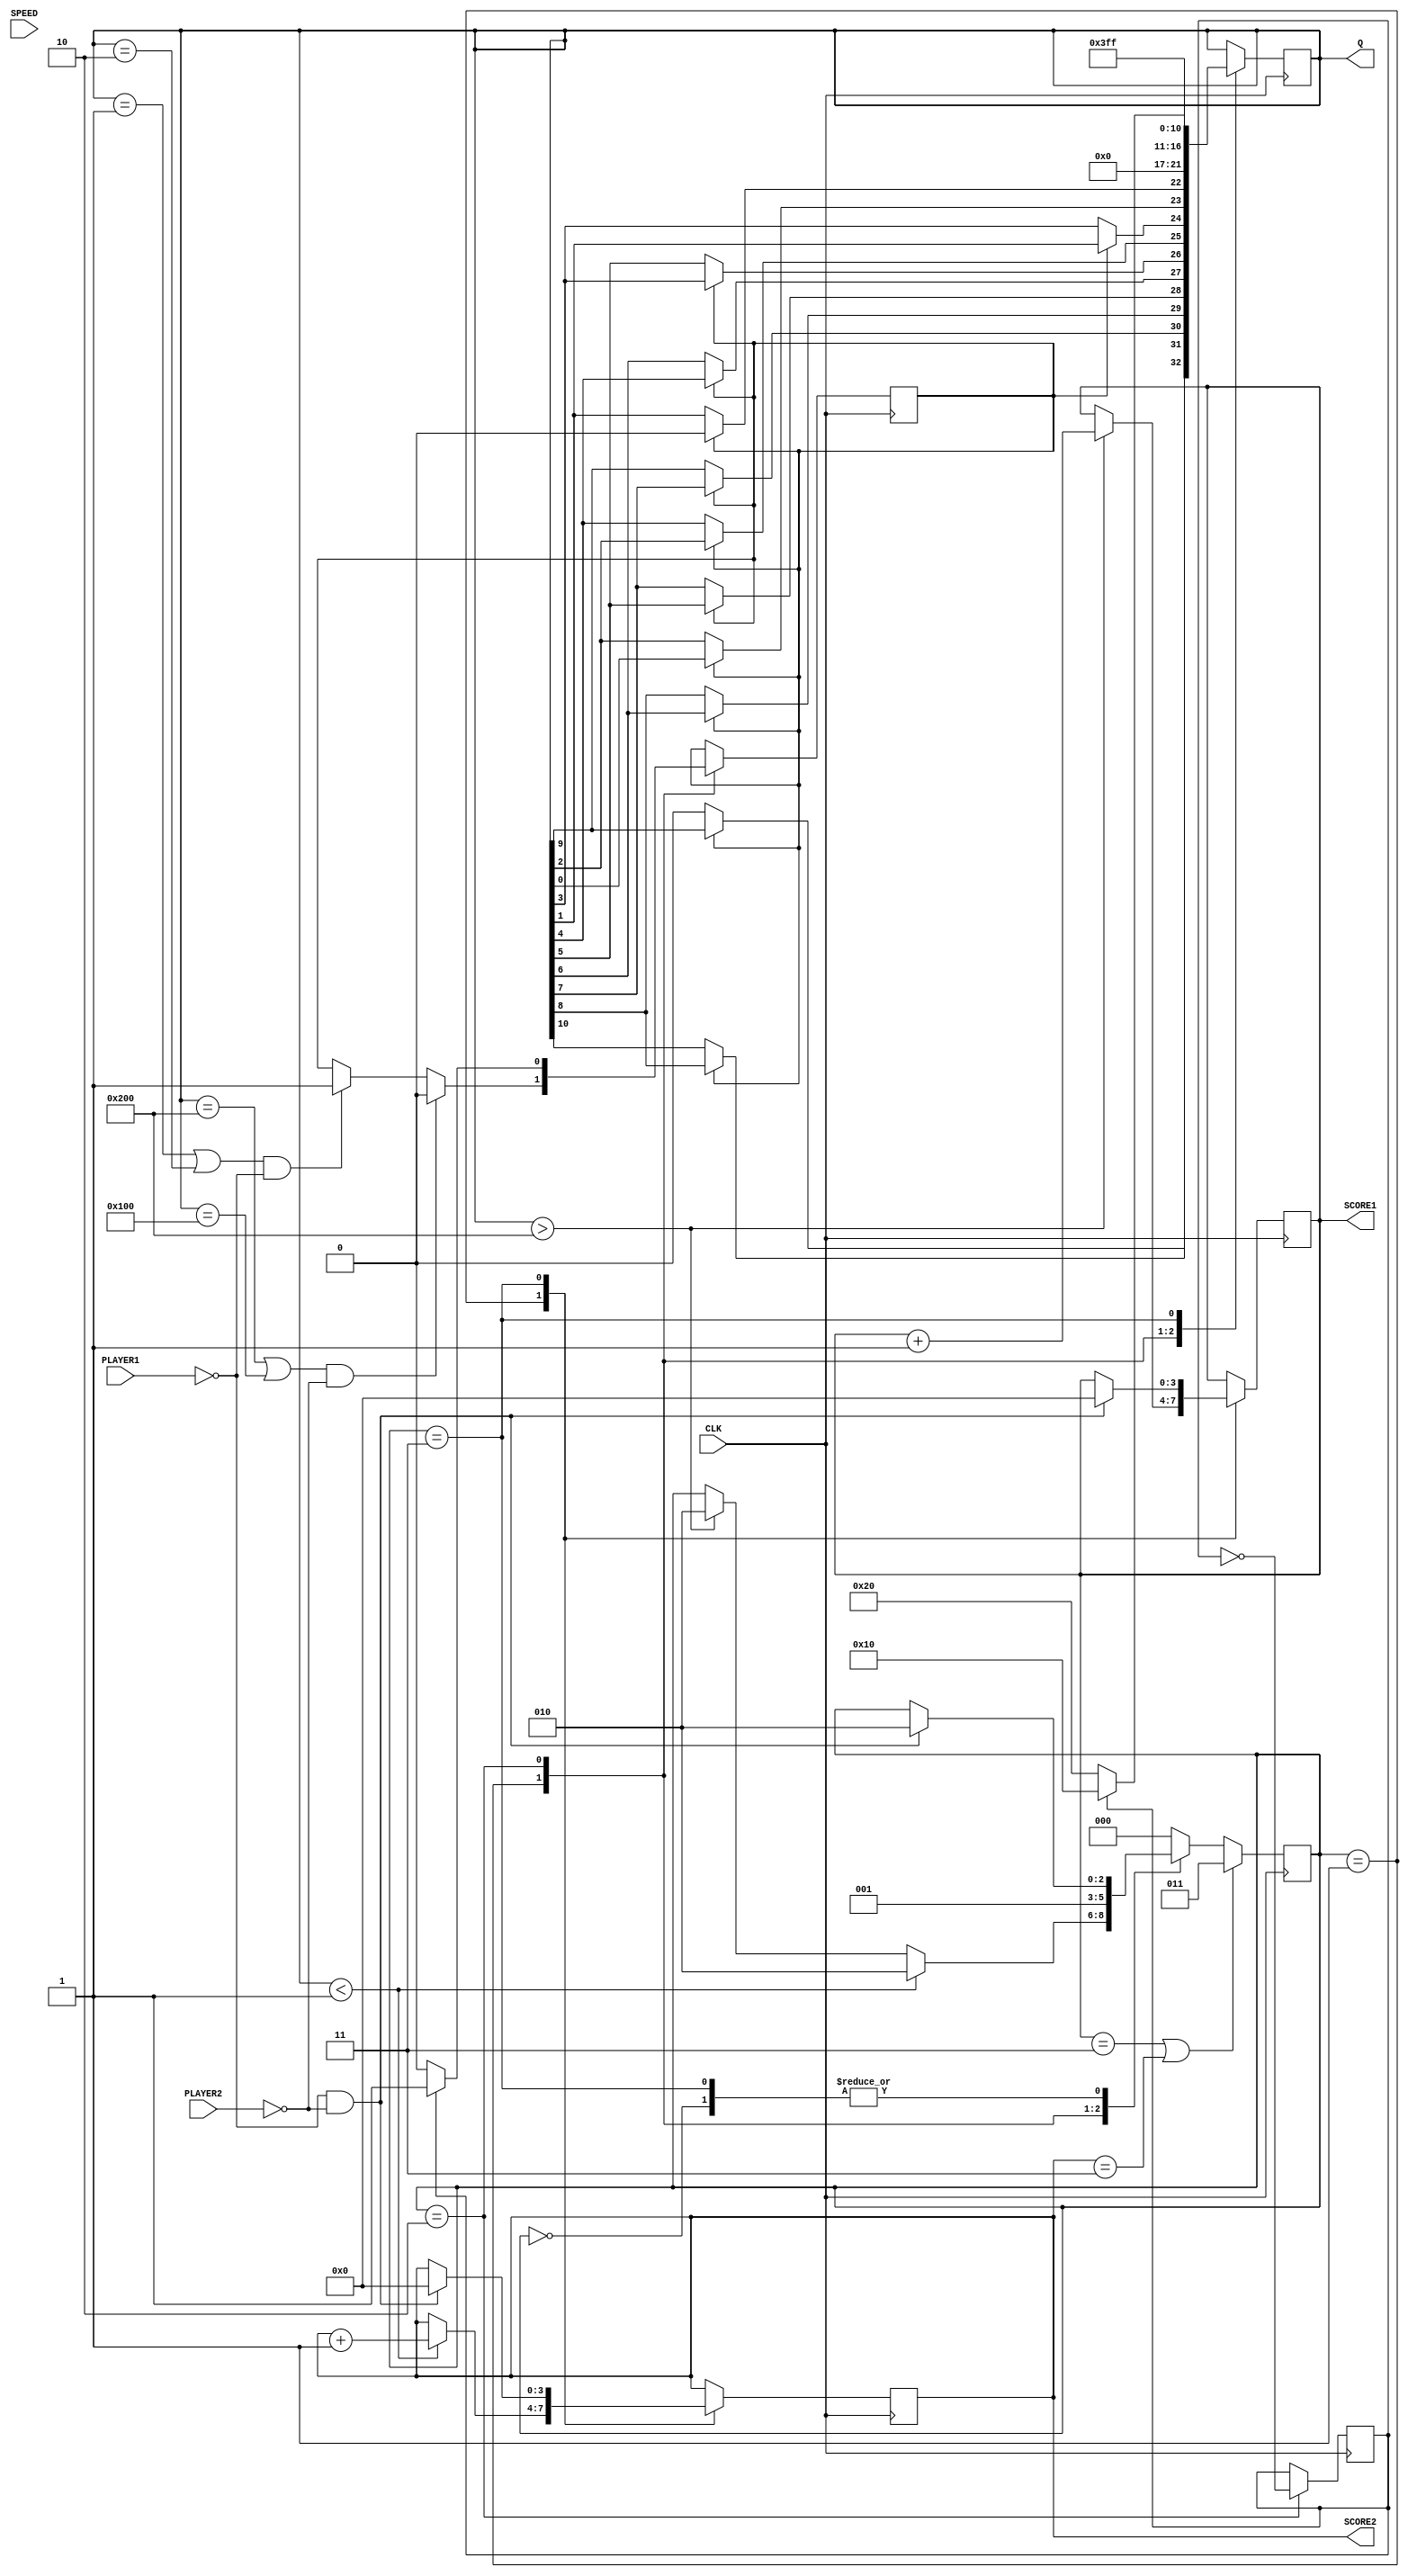
module lab6b(CLK, SPEED, PLAYER1, PLAYER2, Q, SCORE1, SCORE2);
input CLK, PLAYER1, PLAYER2;
input [1:0] SPEED;
output [10:0] Q;
output [3:0] SCORE1, SCORE2;
reg left = 0, alternate = 0;
reg [2:0] game;
reg [3:0] SCORE1, SCORE2;
reg [10:0] Q;

initial begin Q = 0; SCORE1 = 0; SCORE2 = 0; end

function [10:0] shift;
	input [10:0] Q;
	input left;
	integer i;
	begin
	 shift[10] = left ? Q[9] : 0; 
	 for (i=1; i < 10; i=i+1) shift[i] = left ? Q[i-1] : Q[i+1];
	 shift[0] = left ? 0 : Q[1];
	end
endfunction

always @(posedge CLK) begin	
	case (game)
		0: begin //idle mode, press both buttons to begin -> new round mode (state 2)
			if (!PLAYER1 && !PLAYER2) game <= 2;
		end
		1: begin // game play mode, ball shifts, if buttons are pressed return ball, if not point to other player -> new round mode (state 2)
			if (Q > 10'b1000000000) begin SCORE1 <= SCORE1 + 1; game <= 2; end
			if (Q < 10'b0000000001) begin SCORE2 <= SCORE2 + 1; game <= 2; end
			Q <= shift(Q, left);
			if ((Q == 10'b0000000001 || Q == 10'b0000000010) && !PLAYER1) left <= 1;
			if ((Q == 10'b1000000000 || Q == 10'b0100000000) && !PLAYER2) left <= 0;
		end
		2: begin // new round mode, set direction of ball to alternate directions -> game play mode (state 1)
			Q <= (alternate) ? 10'b0000010000 : 10'b0000100000;
			left <= (alternate) ? 1 : 0;
			alternate <= ~alternate;
			game <= 1;
		end
		3: begin // game over mode -> press both buttons to return to idle mode (state 2) and play again 
			Q <= 10'b1111111111;
			if (!PLAYER1 && !PLAYER2) begin game <= 2; SCORE1 <= 0; SCORE2 <= 0; end
		end
		default: game <= 0;
	endcase 
	if (SCORE1 == 3 || SCORE2 == 3) game <= 3; // first to 3 wins
end

endmodule

// test bench

module tblab6b ();

reg CLK, PLAYER1, PLAYER2;
reg [1:0] SPEED;
wire [10:0] Q;
wire [3:0] SCORE1, SCORE2;

lab6b tblab6b(CLK, SPEED, PLAYER1, PLAYER2, Q, SCORE1, SCORE2);

always begin
  case (SPEED)
		0:  #5 CLK = ~CLK;
		1:  #10 CLK = ~CLK;
		2:  #20 CLK = ~CLK;
		3:  #30 CLK = ~CLK;
		default:  #10 CLK = ~CLK;					
	endcase
end

initial begin
    SPEED = 0; CLK = 0; PLAYER1 = 1; PLAYER2 = 1;
    #30 PLAYER1 = 0; PLAYER2 = 0;
    #30 PLAYER1 = 1; PLAYER2 = 1;
    #200 SPEED = 1;
    #130 $stop;
end
endmodule